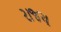
રાજય